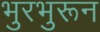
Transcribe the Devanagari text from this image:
भुरभुरून